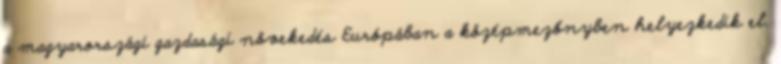
a magyarországi gazdasági növekedés Európában a középmezőnyben helyezkedik el.